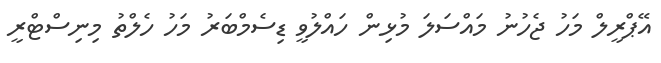
އޭޕްރީލް މަހު ޖެހުނު މައްސަލަ މުޅިން ހައްލުވީ ޑިސެމްބަރު މަހު ހެލްތު މިނިސްޓްރީ